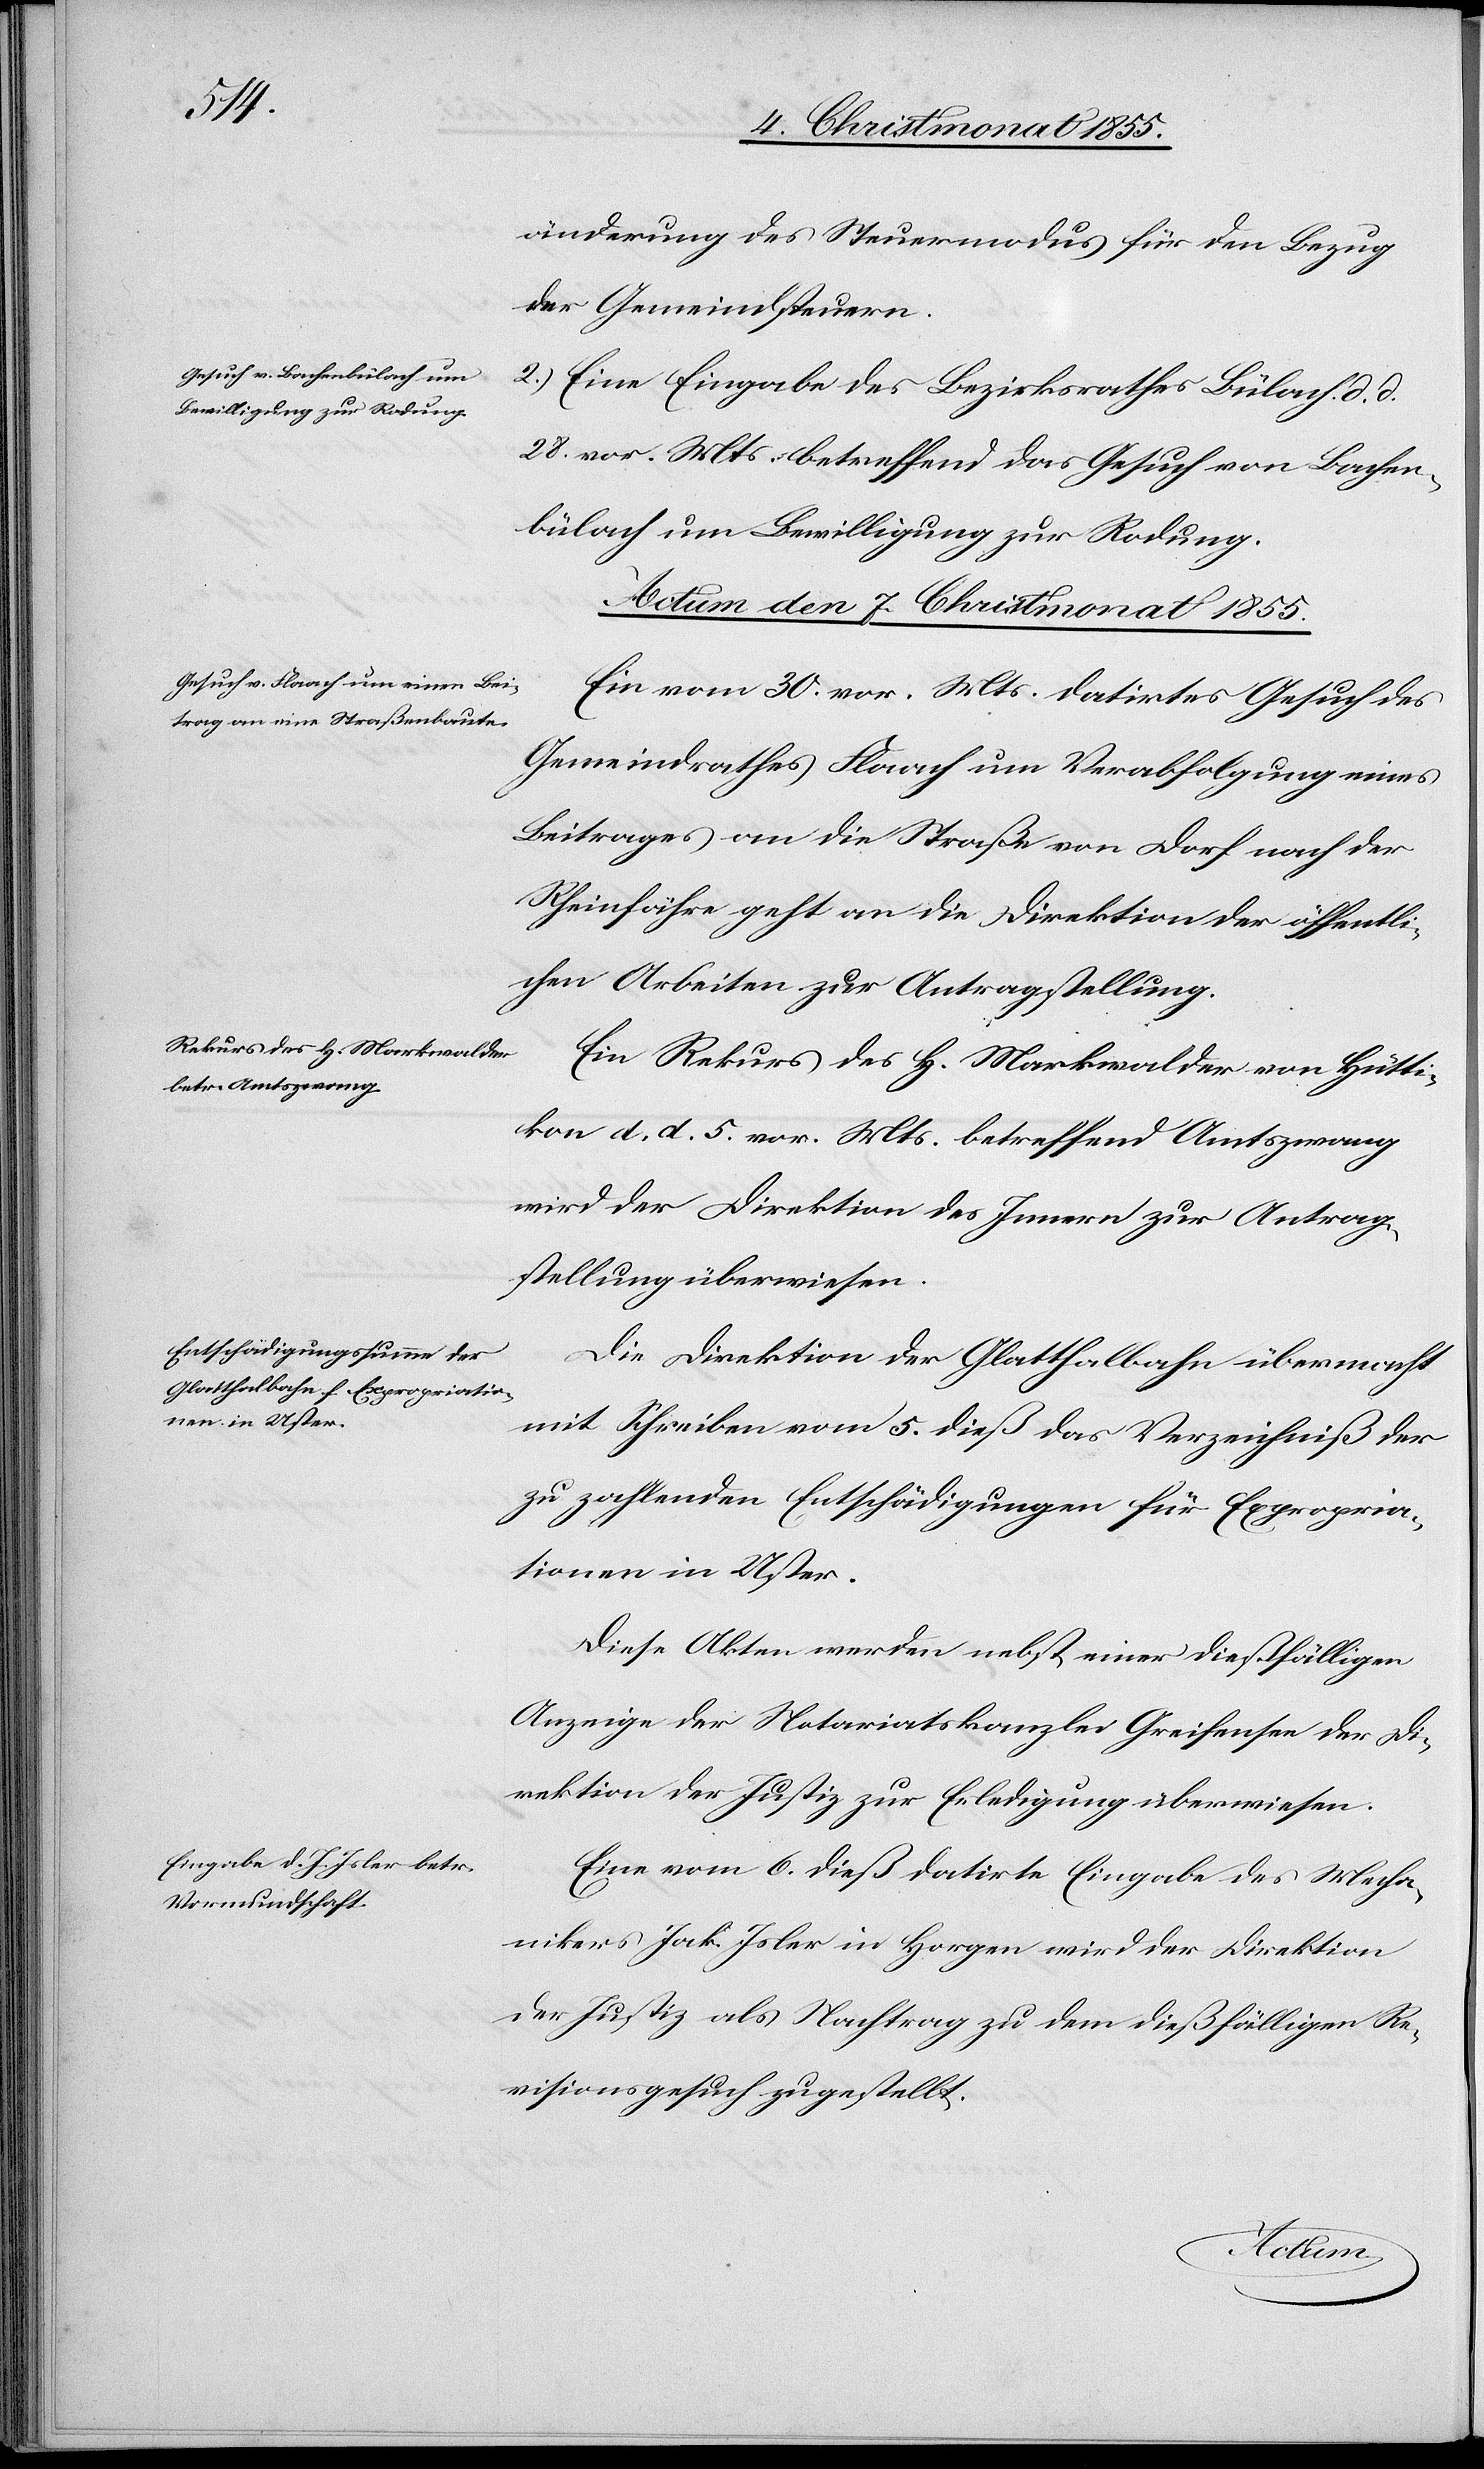
änderung des Steuermodus für den Bezug
der Gemeindsteuern.
2.) Eine Eingabe des Bezirksrathes Bülach d. d.
28. vor. Mts. betreffend das Gesuch von Bachen¬
bülach um Bewilligung zur Rodung.
Actum den 7. Christmonat 1855.]
Ein vom 30. vor. Mts. datirtes Gesuch des
Gemeindrathes Flaach um Verabfolgung eines
Beitrages an die Straße von Dorf nach der
Rheinfähre geht an die Direktion der öffentli¬
chen Arbeiten zur Antragstellung.
Ein Rekurs des H. Markwalder von Hütti¬
kon d. d. 5. vor. Mts. betreffend Amtszwang
wird der Direktion des Innern zur Antrag¬
stellung überwiesen.
Die Direktion der Glatthalbahn übermacht
mit Schreiben vom 5. dieß das Verzeichniß der
zu zahlenden Entschädigungen für Expropria¬
tionen in Uster.
Diese Akten werden nebst einer dießfälligen
Anzeige der Notariatskanzlei Greifensee der Di¬
rektion der Justiz zur Erledigung überwiesen.
Eine vom 6. dieß datirte Eingabe des Mecha¬
nikers Jak. Isler in Horgen wird der Direktion
der Justiz als Nachtrag zu dem dießfälligen Re¬
visionsgesuch zugestellt.